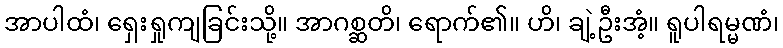
အာပါထံ၊ ရှေးရှုကျခြင်းသို့။ အာဂစ္ဆတိ၊ ရောက်၏။ ဟိ၊ ချဲ့ဦးအံ့။ ရူပါရမ္မဏံ၊